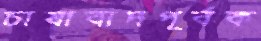
চাষাবাদপূর্বক